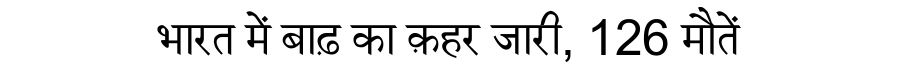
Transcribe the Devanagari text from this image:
भारत में बाढ़ का क़हर जारी, 126 मौतें